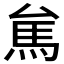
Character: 𱄑